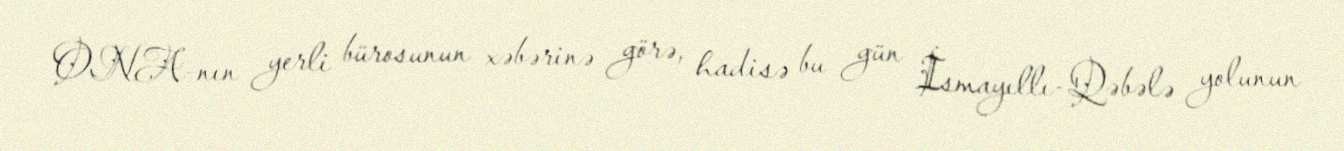
ONA-nın yerli bürosunun xəbərinə görə, hadisə bu gün İsmayıllı-Qəbələ yolunun